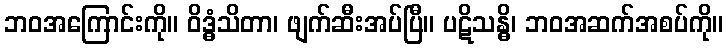
ဘဝအကြောင်းကို။ ဝိဒ္ဓံသိတာ၊ ဖျက်ဆီးအပ်ပြီ။ ပဋိသန္ဓိ၊ ဘဝအဆက်အစပ်ကို။